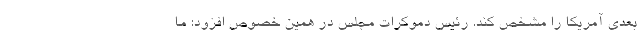
بعدی آمریکا را مشخص کند. رئیس دموکرات مجلس در همین خصوص افزود: ما